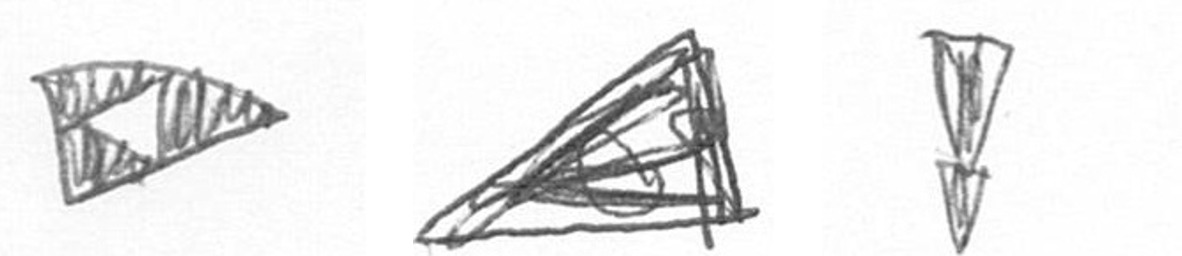
K O Z